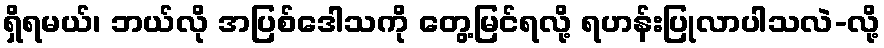
ရှိရမယ်၊ ဘယ်လို အပြစ်ဒေါသကို တွေ့မြင်ရလို့ ရဟန်းပြုလာပါသလဲ-လို့